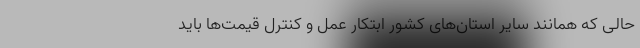
حالی که همانند سایر استان‌های کشور ابتکار عمل و کنترل قیمت‌ها باید